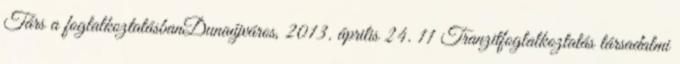
Társ a foglalkoztatásbanDunaújváros, 2013. április 24. 11 Tranzitfoglalkoztatás társadalmi